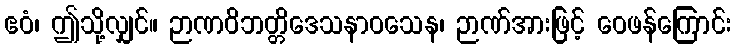
ဧဝံ၊ ဤသို့လျှင်။ ဉာဏဝိဘတ္တိဒေသနာဝသေန၊ ဉာဏ်အားဖြင့် ဝေဖန်ကြောင်း